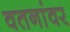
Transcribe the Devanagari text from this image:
वतनांवर